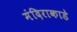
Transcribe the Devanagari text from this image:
मंदिराकाडे